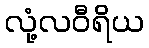
လုံ့လဝီရိယ